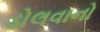
ડોલવાનો